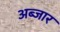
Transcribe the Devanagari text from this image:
अब्जार